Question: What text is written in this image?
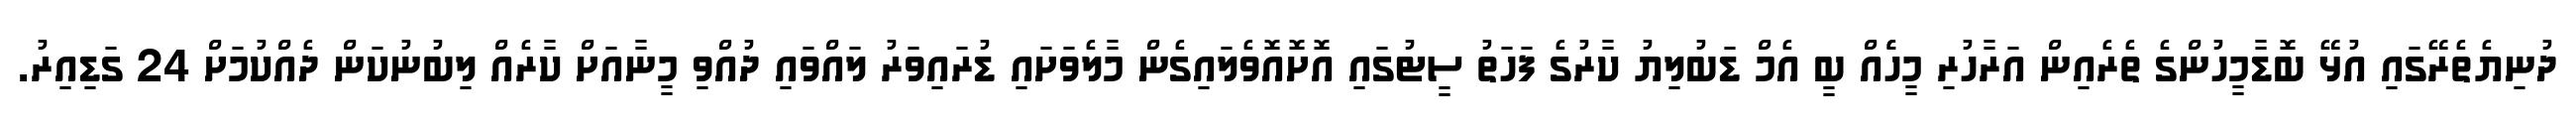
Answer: ދުނިޔެތެރޭގައި އުޅޭ ބޮޑާމީހުންގެ ތެރެއިން އަރާހުރި މީހެެއް ބީ އެމް ޑަބުލިޔު ކާރުގެ ފަހަތު ސީޓުގައި އޮށޮއޮވެލައިގެން މާލެވަށައި ޑުރައިވަރު ލައްވައި ދުއްވި މީނާއަށް ކާރެއް ލިބުނުކަން ދެއްކުމަށް 24 ގަޑިއިރު.